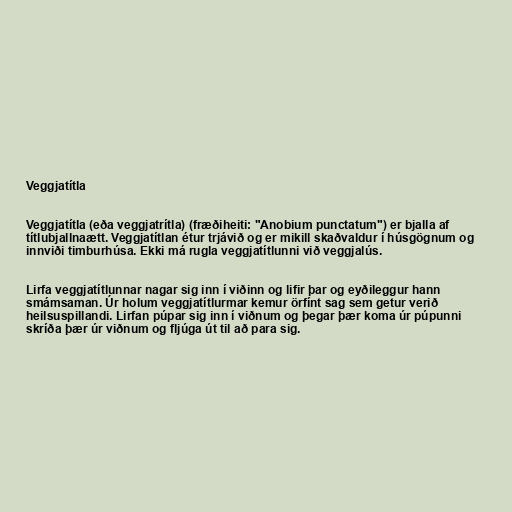
Veggjatítla

Veggjatítla (eða veggjatrítla) (fræðiheiti: "Anobium punctatum") er bjalla af
títlubjallnaætt. Veggjatítlan étur trjávið og er mikill skaðvaldur í húsgögnum og
innviði timburhúsa. Ekki má rugla veggjatítlunni við veggjalús.

Lirfa veggjatítlunnar nagar sig inn í viðinn og lifir þar og eyðileggur hann
smámsaman. Úr holum veggjatítlurmar kemur örfínt sag sem getur verið
heilsuspillandi. Lirfan púpar sig inn í viðnum og þegar þær koma úr púpunni
skríða þær úr viðnum og fljúga út til að para sig.